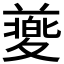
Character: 𡕸